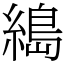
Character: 𦃭